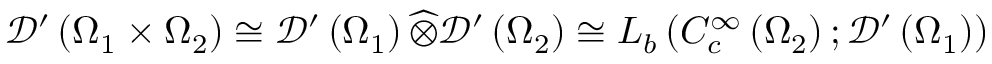
{ \mathcal { D } } ^ { \prime } \left( \Omega _ { 1 } \times \Omega _ { 2 } \right) \cong { \mathcal { D } } ^ { \prime } \left( \Omega _ { 1 } \right) { \widehat { \otimes } } { \mathcal { D } } ^ { \prime } \left( \Omega _ { 2 } \right) \cong L _ { b } \left( C _ { c } ^ { \infty } \left( \Omega _ { 2 } \right) ; { \mathcal { D } } ^ { \prime } \left( \Omega _ { 1 } \right) \right)